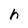
Character: h